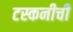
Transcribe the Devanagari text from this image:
टस्कनीची